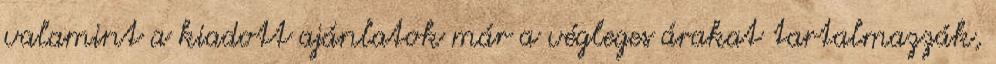
valamint a kiadott ajánlatok már a végleges árakat tartalmazzák,